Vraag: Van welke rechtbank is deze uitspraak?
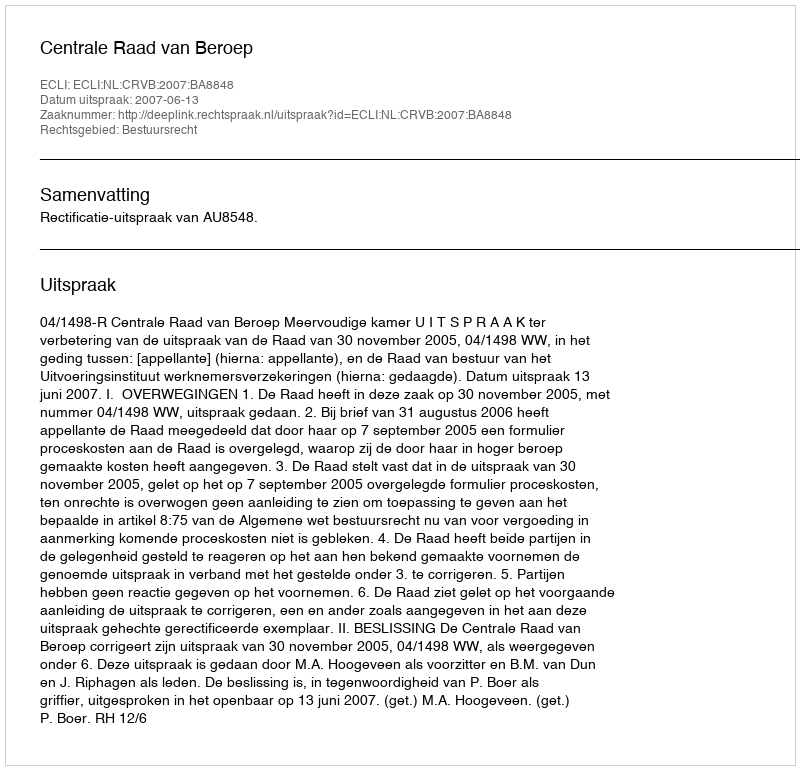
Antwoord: Centrale Raad van Beroep